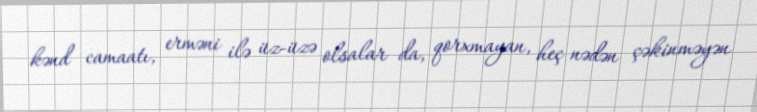
kənd camaatı, erməni ilə üz-üzə olsalar da, qorxmayan, heç nədən çəkinməyən